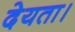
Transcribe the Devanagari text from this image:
देयता।